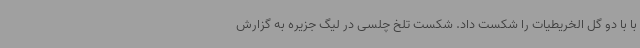
با با دو گل الخریطیات را شکست داد. شکست تلخ چلسی در لیگ جزیره به گزارش